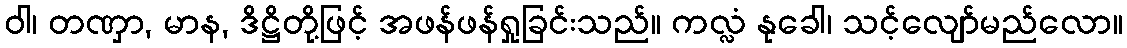
ဝါ၊ တဏှာ, မာန, ဒိဋ္ဌိတို့ဖြင့် အဖန်ဖန်ရှုခြင်းသည်။ ကလ္လံ နုခေါ၊ သင့်လျော်မည်လော။